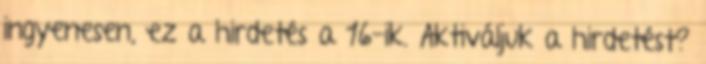
ingyenesen, ez a hirdetés a 16-ik. Aktiváljuk a hirdetést?